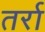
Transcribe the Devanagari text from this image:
तर्रा